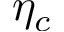
\eta _ { c }